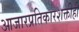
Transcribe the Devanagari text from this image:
आजारप्रतिकारशक्तीही